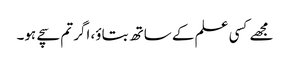
مجھے کسی علم کے ساتھ بتاؤ، اگر تم سچے ہو۔